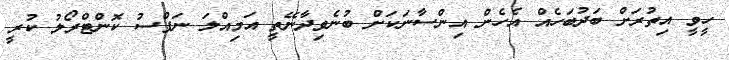
ހީވީ އިތުރަށް ބަދުބަހެއް އެހެން އިންސާނަކަށް ބުނެވިދާނޭތީ އަމިއްލަ ނަފްސު ކޮންޓްރޯލު ކުރީ